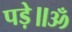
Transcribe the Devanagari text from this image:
पड़े॥ॐ